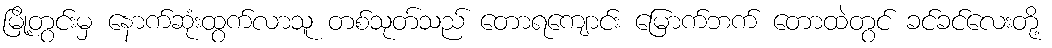
မြို့တွင်းမှ နောက်ဆုံးထွက်လာသူ တစ်သုတ်သည် တောရကျောင်း မြောက်ဘက် တောထဲတွင် ခင်ခင်လေးတို့